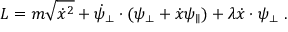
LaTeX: L = m \sqrt { \dot { x } ^ { 2 } } + \dot { \psi } _ { \perp } \cdot ( \psi _ { \perp } + \dot { x } \psi _ { \parallel } ) + \lambda \dot { x } \cdot \psi _ { \perp } \ .